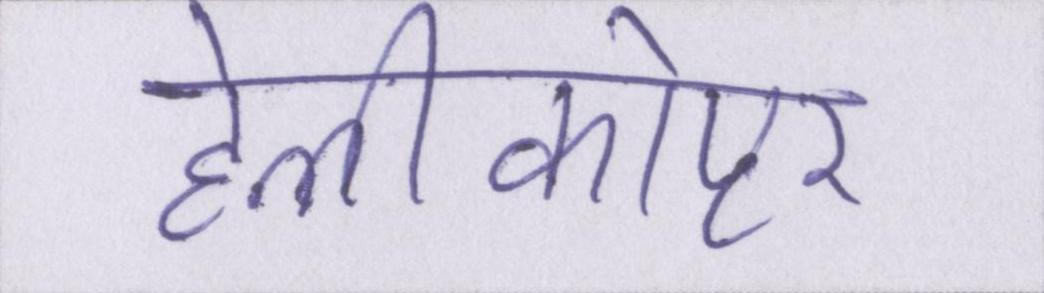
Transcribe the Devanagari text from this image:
हेलीकोप्टर